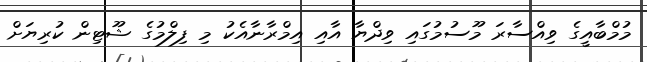
މުމްބާއީގެ ވިއްސާރަ މޫސުމުގައި ވިދްޔާ އާއި އިމްރާނާއެކު މި ފިލްމުގެ ޝޫޓިން ކުރިޔަށް